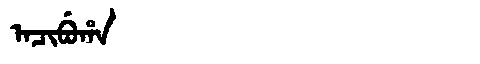
Manchu: ᠠᠴᡳᠪᡠᡥᠠ
Romanization: ACIBUHA